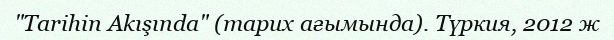
"Tarihin Akışında" (тарих ағымында). Түркия, 2012 ж